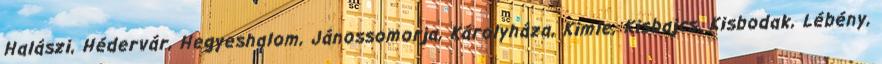
Halászi, Hédervár, Hegyeshalom, Jánossomorja, Károlyháza, Kimle, Kisbajcs, Kisbodak, Lébény,